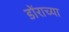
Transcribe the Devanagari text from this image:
डोंराच्या